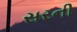
સરની